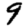
Digit: 9